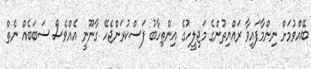
ބޭއްވުމަށް ނިންމާފައިވާ ރައްޔިތުންގެ މަޖިލީހުގެ އިންތިހާބު ފަސްކުރަންޖެހޭ ގާނޫނީ އެއްވެސް ސަބަބެއް ނެތް